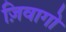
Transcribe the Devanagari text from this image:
ज़िवागो